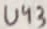
Text: U43